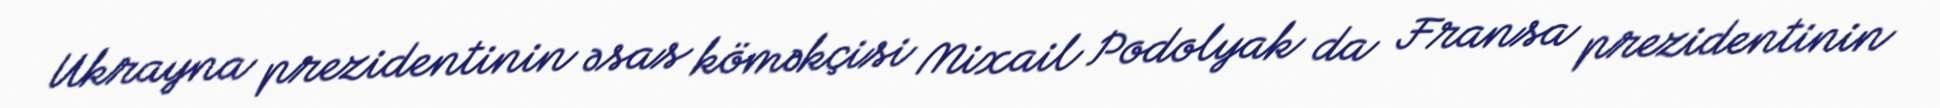
Ukrayna prezidentinin əsas köməkçisi Mixail Podolyak da Fransa prezidentinin